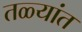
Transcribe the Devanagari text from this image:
तळ्यांत